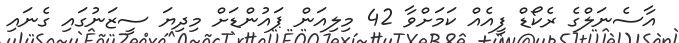
އާސެނަލްގެ ރެކޯޑް ފީއެއް ކަމަށްވާ 42 މިލިއަން ޕައުންޑަށް މިދިޔަ ސީޒަނުގައި ގެނައި